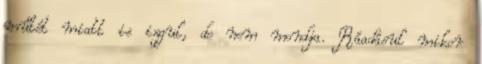
műtét miatt is izgul, de nem mondja. Ráadásul mikor